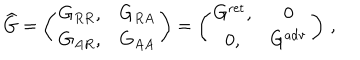
{ \widehat G } = \left( \begin{array} { c c } { { G _ { R R } , } } & { { G _ { R A } } } \\ { { G _ { A R } , } } & { { G _ { A A } } } \\ \end{array} \right) = \left( \begin{array} { c c } { { G ^ { \mathrm { r e t } } , } } & { { 0 } } \\ { { 0 , } } & { { G ^ { \mathrm { a d v } } } } \\ \end{array} \right) \, ,